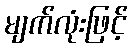
မျက်လုံးဖြင့်